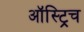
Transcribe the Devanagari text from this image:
ऑस्ट्रिच